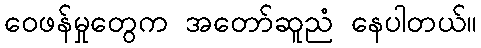
ဝေဖန်မှုတွေက အတော်ဆူညံ နေပါတယ်။